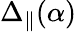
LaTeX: \Delta_{\parallel}(\alpha)